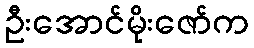
ဦးအောင်မိုးဇော်က